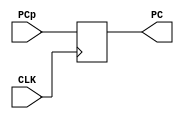
`timescale 1ns / 1ps

module ProgramCounter #(parameter AWL = 6, DWL = 32, DEPTH = 2**AWL)
                       (input CLK,
                        input [DWL-1:0] PCp,
                        output reg [DWL-1:0] PC);
    
initial PC = 0;
    
    always @ (posedge CLK) begin
        PC <= PCp;
    end
    
endmodule